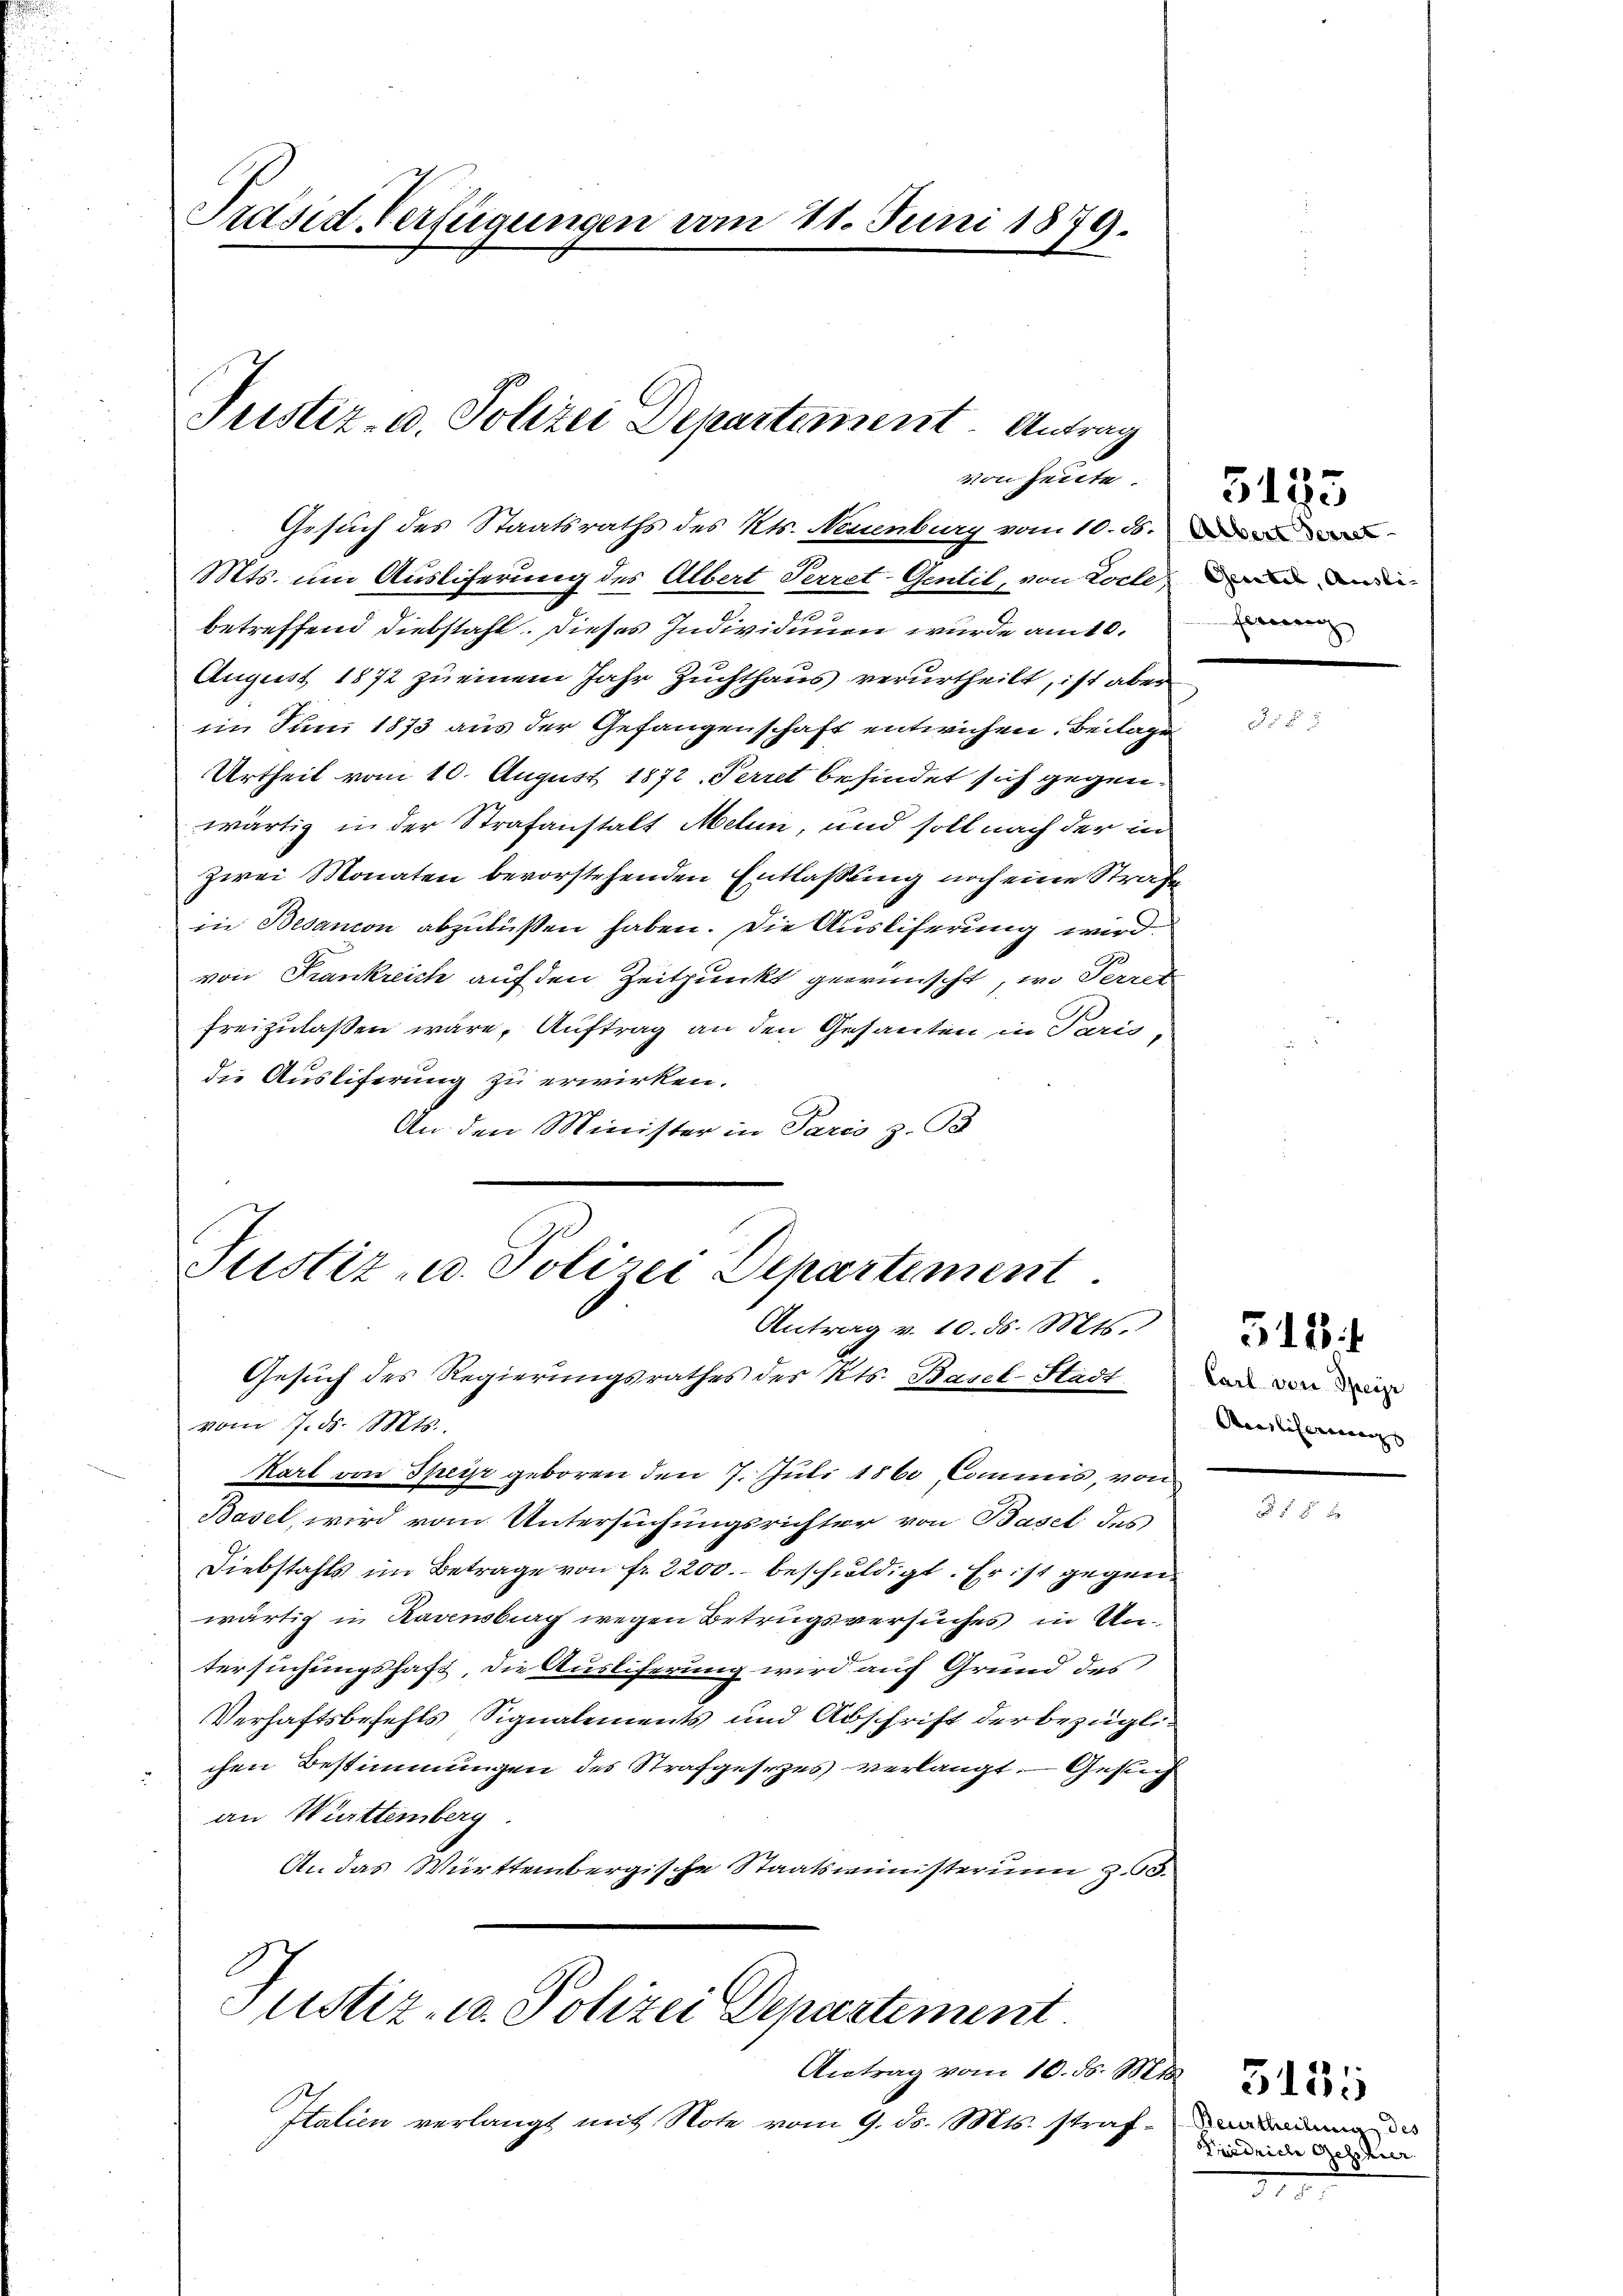
Präsid. Verfügungen am 21. Juni 1879.

Justiz- u. Polizei Departement. Antrag
von Heute.

betreffend Diebstahl. Dieses Individuuen wurde am 10.
August 1872 zu einem Jahr Zuchthaus verurtheilt, ist aber
im Juni 1873 aus der Gefangenschaft entwichen. Beilage
Urtheil vom 10. August 1872. Perret befindet sich gegenwärtig in der Strafanstalt Melin, und soll nach der in
zwei Monaten bevorstehenden Entlassung noch eine Strafe
in Besanon abzubüßen haben. Die Ausliferung wird.
von Frankreich auf den Zeitpunkt gewünscht, wo Perrer
freizulaßen wäre, Auftrag an den Gesanten in Paris
die Ausliferung zu erwirken.
An den Minister in Paris z. B.

Gesuch des Staatsraths des Kts. Neuenburg vom 10. ds.
Mts. um Ausliferung des Albert Perret-Gentil, von Locle

Justiz u. Polizei Departement.
Antrag v. 10. d. Mts.:
Gesuch des Regierungsrathes des Kts. Basel-Stadt

vom 7. ds. Mts.,

Justiz- u. Polizei Departement
Antrag vom 10. ds. Mts.

Italien verlangt mit Note vom 9. ds. Mts. straf¬

Karl von Speise geboren den 7. Juli 1860 Commis, von
Basel, wird vom Untersuchungsrichter von Basel des
Diebstahls im Betrage von fr. 2200. beschuldigt. Er ist gegen
wärtig in Ravensburg wegen Betrugsversuches in Untersuchungshaft, die Ausliferung wird auf Grund des
Verhaftsbefehls Signalements und Abschrift der bezüglichen Bestimmungen des Strafgesezes verlangt. — Gesuch
an Württemberg
An das Württembergische Staatsministerum z. 63.

Gentel, Ausli- |
ferung

5183

Carl von Speyr
Auslicherungs

518

Beurtheilung des
Friedrich Geschier

3455